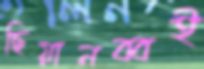
ছিয়ানব্বই